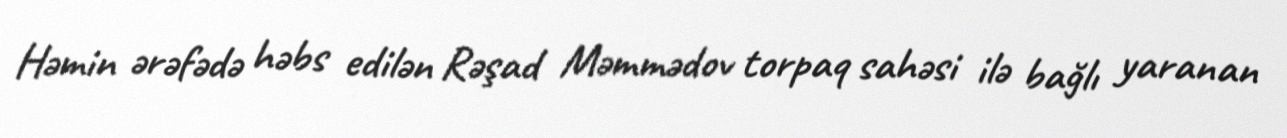
Həmin ərəfədə həbs edilən Rəşad Məmmədov torpaq sahəsi ilə bağlı yaranan